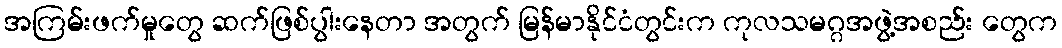
အကြမ်းဖက်မှုတွေ ဆက်ဖြစ်ပွါးနေတာ အတွက် မြန်မာနိုင်ငံတွင်းက ကုလသမဂ္ဂအဖွဲ့အစည်း တွေက